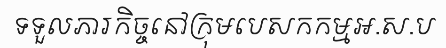
ទទួលភារកិច្ចនៅក្រុមបេសកកម្មអ.ស.ប